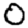
Digit: 0